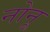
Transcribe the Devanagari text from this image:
नोनू